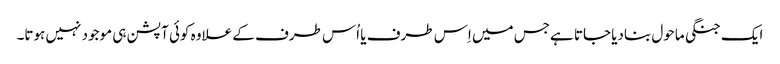
ایک جنگی ماحول بنادیا جاتا ہےجس میں اِس طرف یا اُس طرف کے علاوہ کوئی آپشن ہی موجود نہیں ہوتا۔